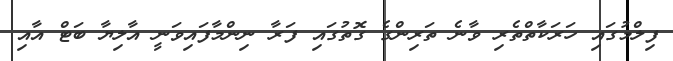
ފިލްމުގައި ހަރަކާތްތެރި ވާނެ ތަރިންގެ ގޮތުގައި ފަރާ ނިންމާފައިވަނީ އާލިޔާ ބަޓް އާއި